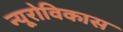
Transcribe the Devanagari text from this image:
न्यूरोविकास